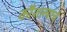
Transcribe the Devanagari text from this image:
कौशल्यांचे